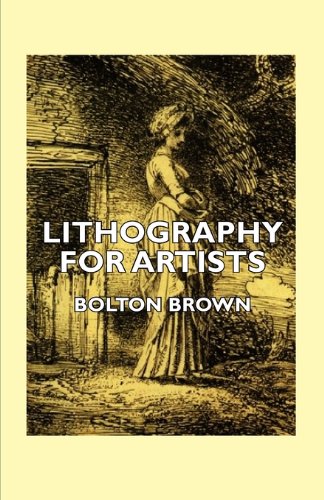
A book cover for Lithography for Artists - A Complete Account of How to Grind, Draw Upon, Etch, and Print from the Stone; Bolton Brown; Arts & Photography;